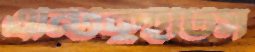
এন্টিকুইটিস